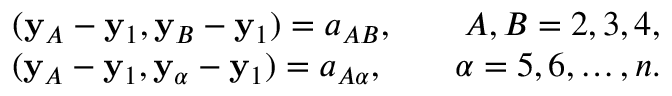
\begin{array} { r } { ( { \bf y } _ { A } - { \bf y } _ { 1 } , { \bf y } _ { B } - { \bf y } _ { 1 } ) = a _ { A B } , \qquad A , B = 2 , 3 , 4 , } \\ { ( { \bf y } _ { A } - { \bf y } _ { 1 } , { \bf y } _ { \alpha } - { \bf y } _ { 1 } ) = a _ { A \alpha } , \qquad \alpha = 5 , 6 , \ldots , n . } \end{array}